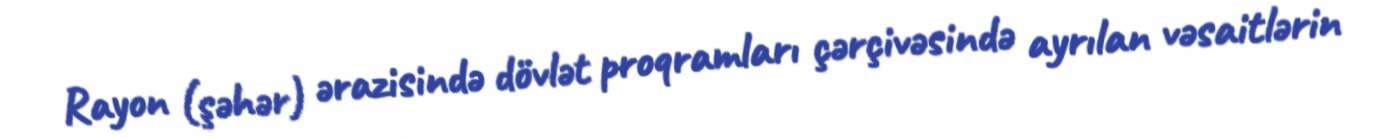
Rayon (şəhər) ərazisində dövlət proqramları çərçivəsində ayrılan vəsaitlərin